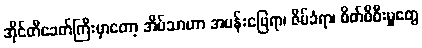
အိုင်တီခေတ်ကြီးမှာတော့ အိမ်သာဟာ အပန်းဖြေရာ၊ ဇိမ်ခံရာ၊ စိတ်ဖိစီးမှုတွေ